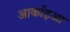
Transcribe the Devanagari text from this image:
आर्काइआ